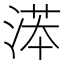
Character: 𣸽